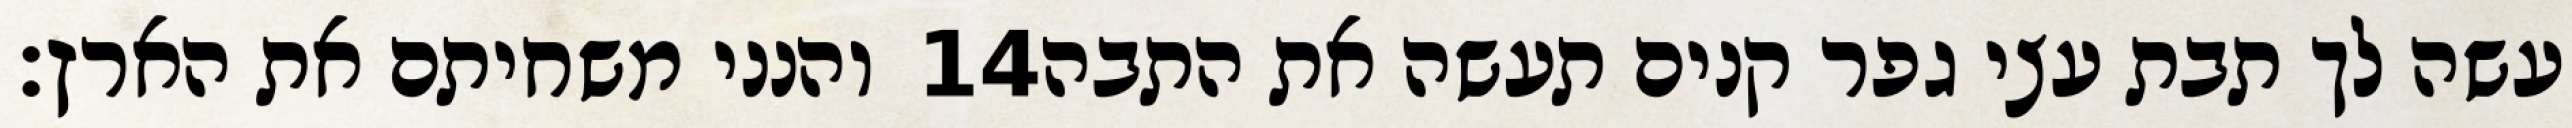
והנני משחיתם את הארץ׃ ‎14‏ עשה לך תבת עצי גפר קנים תעשה את התבה